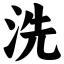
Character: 洗